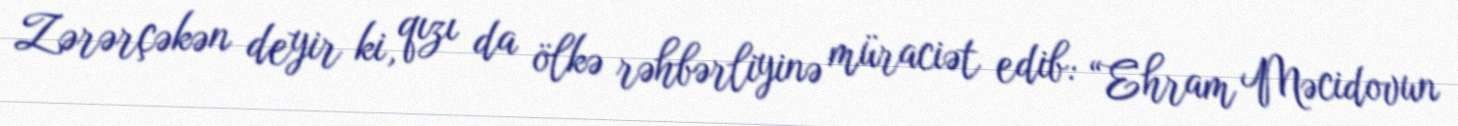
Zərərçəkən deyir ki, qızı da ölkə rəhbərliyinə müraciət edib: “Ehram Məcidovun